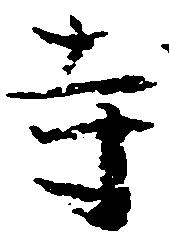
寺